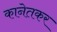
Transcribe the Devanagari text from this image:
कानेतकर